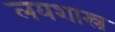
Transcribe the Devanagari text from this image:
लयशास्त्र